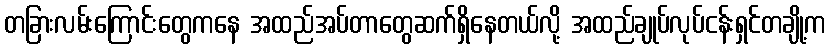
တခြားလမ်းကြောင်းတွေကနေ အထည်အပ်တာတွေဆက်ရှိနေတယ်လို့ အထည်ချုပ်လုပ်ငန်းရှင်တချို့က